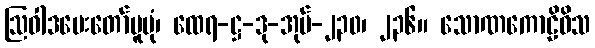
ဩဝါဒပေးတော်မူပုံ၊ ထေရ-ဋ္ဌ-ဒု-အုပ်-၂၃၀၊ ၂၃၆။ သောဏကောဠိဝိသ